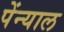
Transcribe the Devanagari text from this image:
पेंन्याल